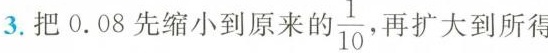
3.把0.08先缩小到原来的 \frac{1}{10} 再扩大到所得